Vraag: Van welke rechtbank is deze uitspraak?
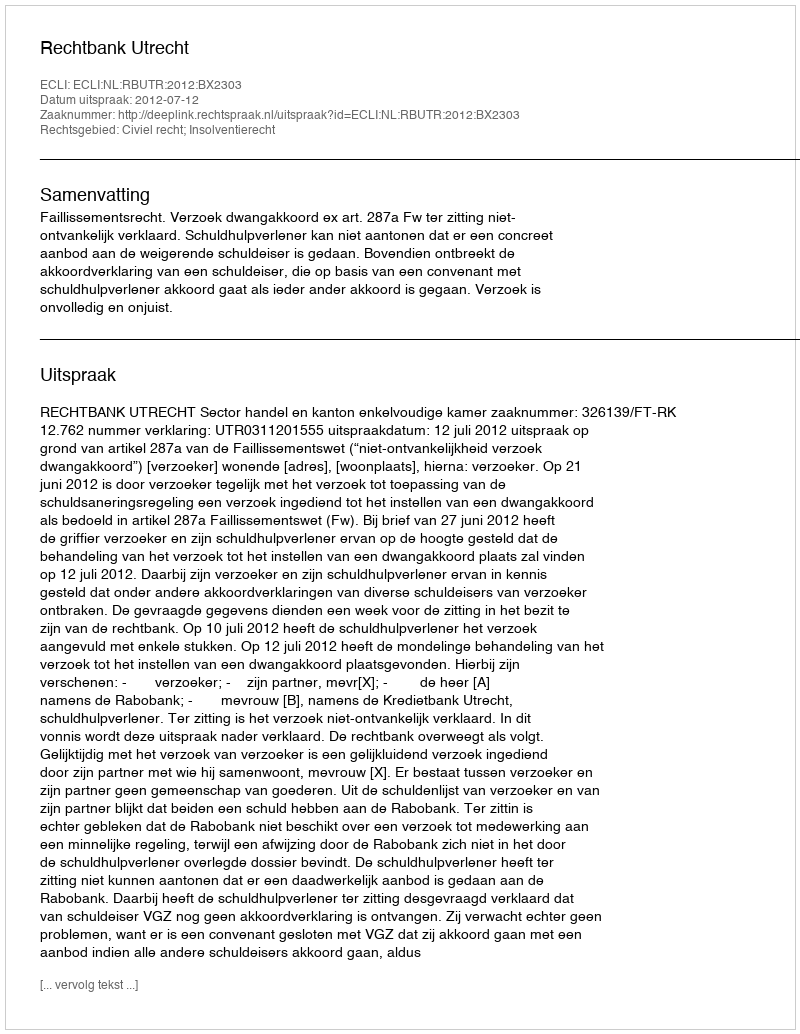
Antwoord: Rechtbank Utrecht